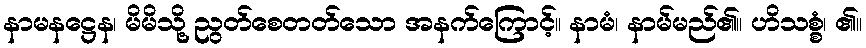
နာမနဋ္ဌေန၊ မိမိသို့ ညွတ်စေတတ်သော အနက်ကြောင့်။ နာမံ၊ နာမ်မည်၏။ ဟိသစ္စံ၊ ၏။